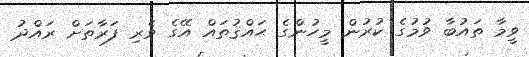
ވީމާ ތައުބާ ވުމުގެ ކުރުން މީހުންގެ ޙައްޤުތައް އޭގެ ވެރި ފަރާތަށް ރައްދު